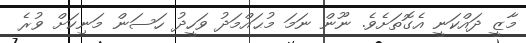
މާޒީ ދައްކަނީ އެގޮތަށެވެ. ނޫން ނަމަ މުޙައްމަދު ވަހީދު ހަސަން މަނިކަށް ވުރެ